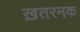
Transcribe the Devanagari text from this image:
ख़तरनक